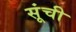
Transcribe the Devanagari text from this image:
सूंची